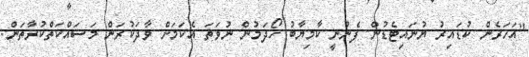
"އަހަރެން ކުޑައިރު ޔުނައިޓެޑުން ފެނުނީ ކާމިޔާބު ހޯދަމުން ނުވަތަ އެކަމަށް ވާދަކުރަން މަސައްކަތްކުރާތަން.